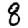
Digit: 8